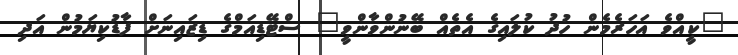
"ކީއްވެ އަހަރެމެން ހުދު ކުލައިގެ އެތެއް ބޭނުންވާންވީ" ސްޓޭޑިއަމްގެ ޑިޒައިނަށް ފާޑުކިޔަމުން އަދި